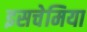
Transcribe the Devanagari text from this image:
इसचेमिया